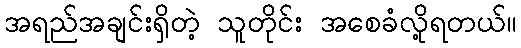
အရည်အချင်းရှိတဲ့ သူတိုင်း အစေခံလို့ရတယ်။